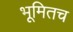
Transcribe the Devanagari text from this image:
भूमितच